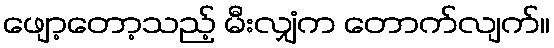
ဖျော့တော့သည့် မီးလျှံက တောက်လျက်။